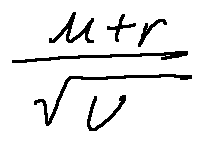
\frac { u + r } { \sqrt { u } }